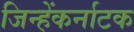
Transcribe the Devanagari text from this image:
जिन्हेंकर्नाटक